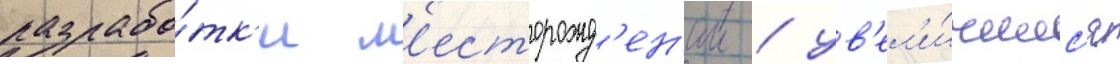
разрабо́тк'и м'есторожд'ен'ии / ув'ел'и́чилс'я